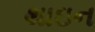
થાઇન